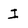
Character: I